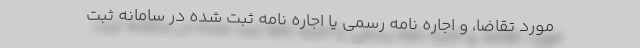
مورد تقاضا، و اجاره نامه رسمی یا اجاره نامه ثبت شده در سامانه ثبت